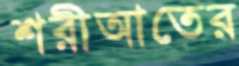
শরীআতের